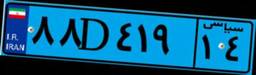
۱۴D۱۱۹۲۴